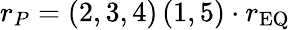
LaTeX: r_{P}=\left(2,3,4\right)\left(1,5\right)\cdot r_{\mathrm{EQ}}